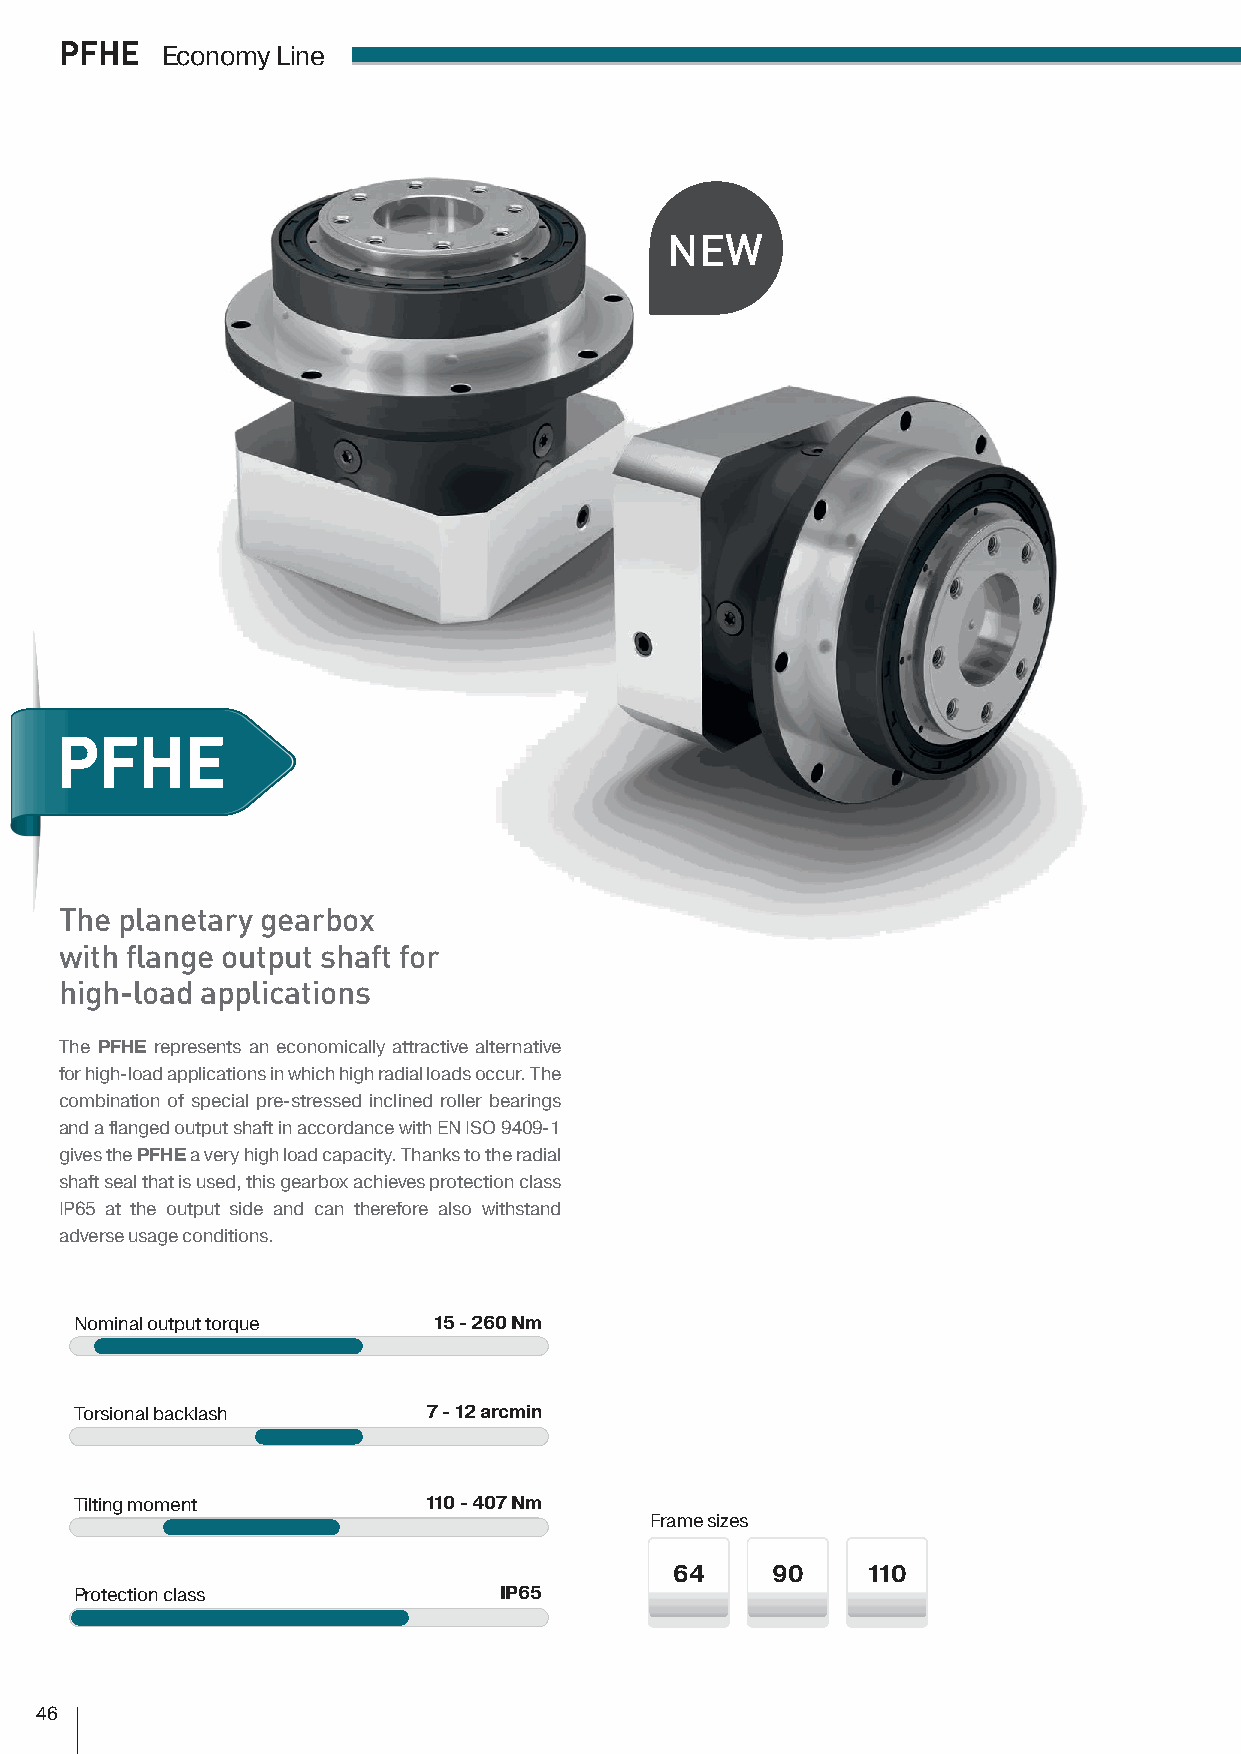
PFHE   Economy Line
 NEW
 PFHE
 The planetary gearbox
 with flange output shaft for
 high-load applications
 The PFHE represents an economically attractive alternative
 for high-load applications in which high radial loads occur. The
 combination of special pre-stressed inclined roller bearings
 and a flanged output shaft in accordance with EN ISO 9409-1
 gives the PFHE a very high load capacity. Thanks to the radial
 shaft seal that is used, this gearbox achieves protection class
 IP65 at the output side and can therefore also withstand
 adverse usage conditions.
 Nominal output torque   15 - 260 Nm
 Torsional backlash     7 - 12 arcmin
 Tilting moment         110 - 407 Nm
 Frame sizes
 64    90    110
 Protection class            IP65
 46